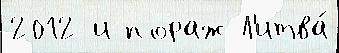
2012 и пораж Л'итва́